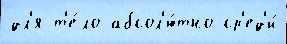
дл'я т'е́ло абсол'ю́тно ср'ед'и́